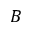
\boldsymbol { B }